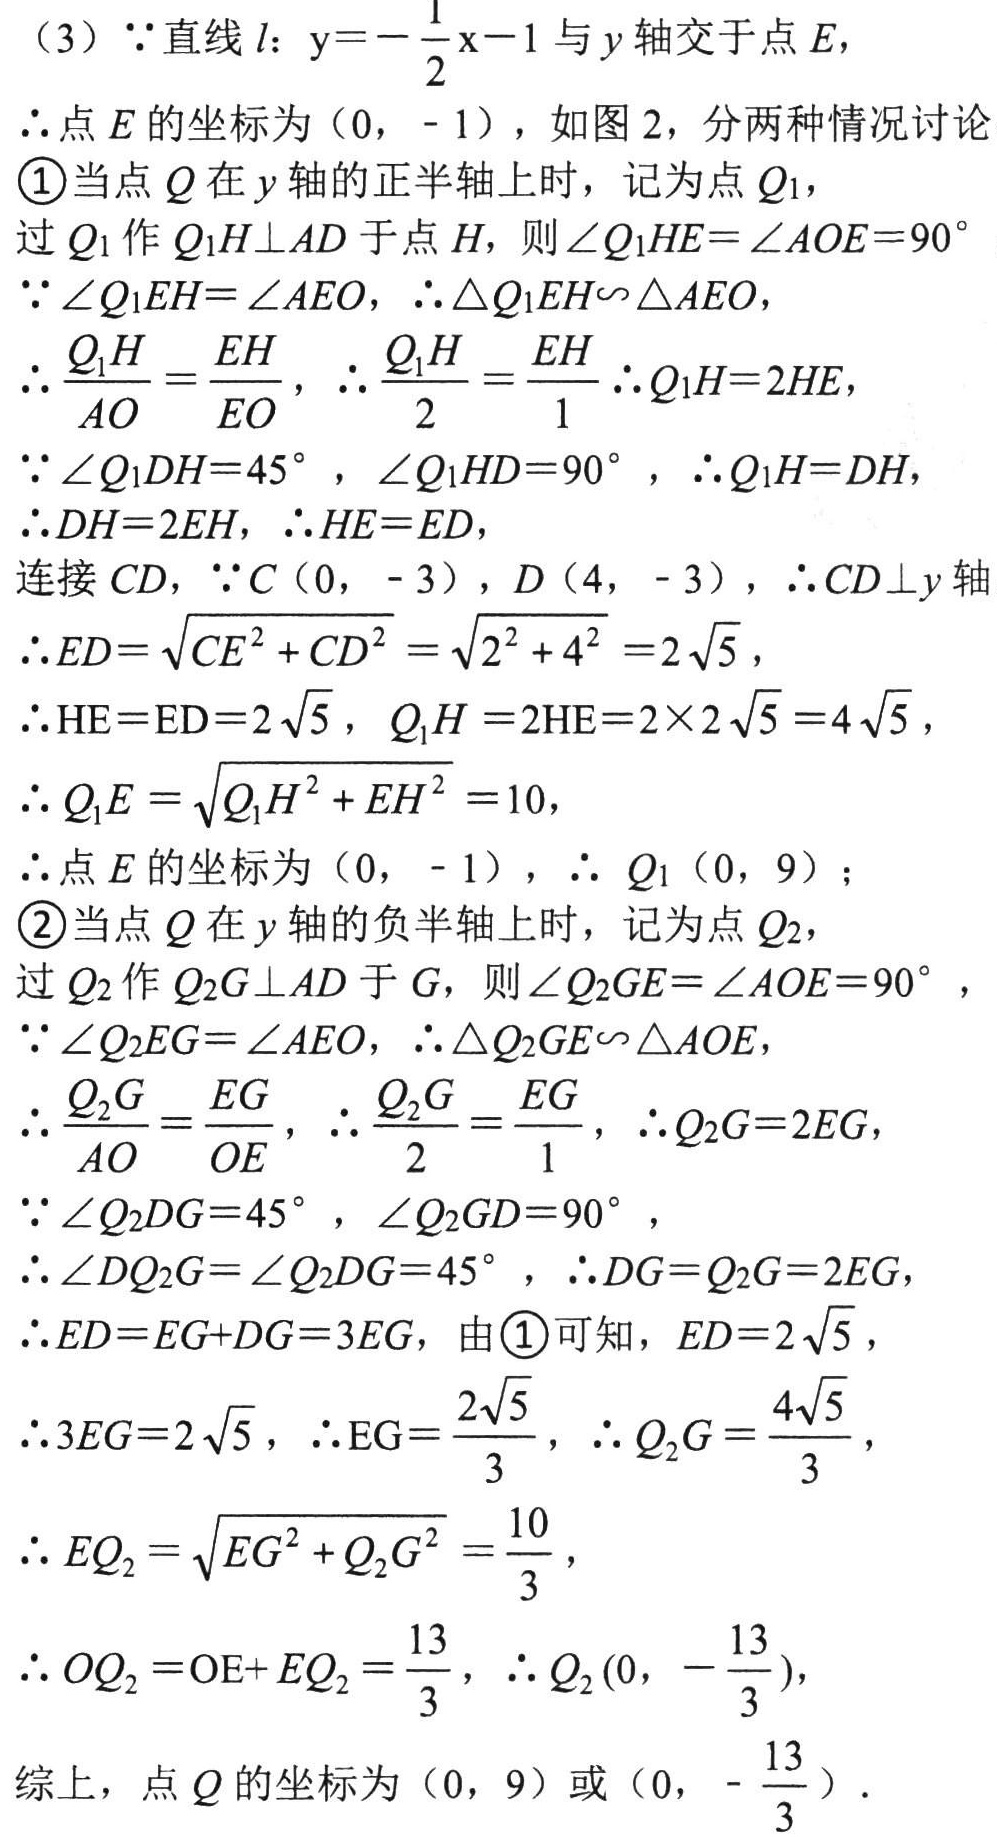
（3）$\because$直线$l$：$y = -\frac{1}{2}x - 1$与$y$轴交于点$E$，
$\therefore$点$E$的坐标为$(0, - 1)$，如图2，分两种情况讨论
\textcircled{1}当点$Q$在$y$轴的正半轴上时，记为点$Q_1$，
过$Q_1$作$Q_1H\perp AD$于点$H$，则$\angle Q_1HE=\angle AOE = 90^{\circ}$
$\because\angle Q_1EH=\angle AEO$，$\therefore\triangle Q_1EH\sim\triangle AEO$，
$\therefore\frac{Q_1H}{AO}=\frac{EH}{EO}$，$\therefore\frac{Q_1H}{2}=\frac{EH}{1}$ $\therefore Q_1H = 2HE$，
$\because\angle Q_1DH = 45^{\circ}$，$\angle Q_1HD = 90^{\circ}$，$\therefore Q_1H = DH$，
$\therefore DH = 2HE$，$\therefore HE = ED$，
连接$CD$，$\because C(0, - 3)$，$D(4, - 3)$，$\therefore CD\perp y$轴
$\therefore ED=\sqrt{CE^{2}+CD^{2}}=\sqrt{2^{2}+4^{2}} = 2\sqrt{5}$，
$\therefore HE = ED = 2\sqrt{5}$，$Q_1H = 2HE = 2\times2\sqrt{5}=4\sqrt{5}$，
$\therefore Q_1E=\sqrt{Q_1H^{2}+EH^{2}} = 10$，
$\therefore$点$E$的坐标为$(0, - 1)$，$\therefore Q_1(0, 9)$；
\textcircled{2}当点$Q$在$y$轴的负半轴上时，记为点$Q_2$，
过$Q_2$作$Q_2G\perp AD$于$G$，则$\angle Q_2GE=\angle AOE = 90^{\circ}$，
$\because\angle Q_2EG=\angle AEO$，$\therefore\triangle Q_2GE\sim\triangle AOE$，
$\therefore\frac{Q_2G}{AO}=\frac{EG}{OE}$，$\therefore\frac{Q_2G}{2}=\frac{EG}{1}$，$\therefore Q_2G = 2EG$，
$\because\angle Q_2DG = 45^{\circ}$，$\angle Q_2GD = 90^{\circ}$，
$\therefore\angle DQ_2G=\angle Q_2DG = 45^{\circ}$，$\therefore DG = Q_2G = 2EG$，
$\therefore ED = EG + DG = 3EG$，由\textcircled{1}可知，$ED = 2\sqrt{5}$，
$\therefore 3EG = 2\sqrt{5}$，$\therefore EG=\frac{2\sqrt{5}}{3}$，$\therefore Q_2G=\frac{4\sqrt{5}}{3}$，
$\therefore EQ_2=\sqrt{EG^{2}+Q_2G^{2}}=\frac{10}{3}$，
$\therefore OQ_2 = OE + EQ_2=\frac{13}{3}$，$\therefore Q_2(0, -\frac{13}{3})$，
综上，点$Q$的坐标为$(0, 9)$或$(0, -\frac{13}{3})$．